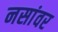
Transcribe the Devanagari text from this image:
नसांवर